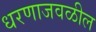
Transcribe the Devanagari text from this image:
धरणाजवळील